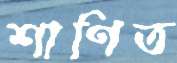
শাণিত